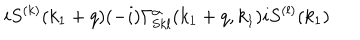
i S ^ { ( k ) } ( k _ { 1 } + q ) ( - i ) \Gamma _ { \mathrm { S } k l } ^ { \alpha } ( k _ { 1 } + q , k _ { 1 } ) i S ^ { ( l ) } ( k _ { 1 } )